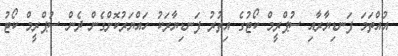
އުއްތަމަ ފަނޑިޔާރާއި ސުޕްރީމް ކޯޓުގެ އިތުރު ފަނޑިޔާރަކު ހައްޔަރުކޮށްގެން ދެން ސުޕްރީމް ކޯޓު